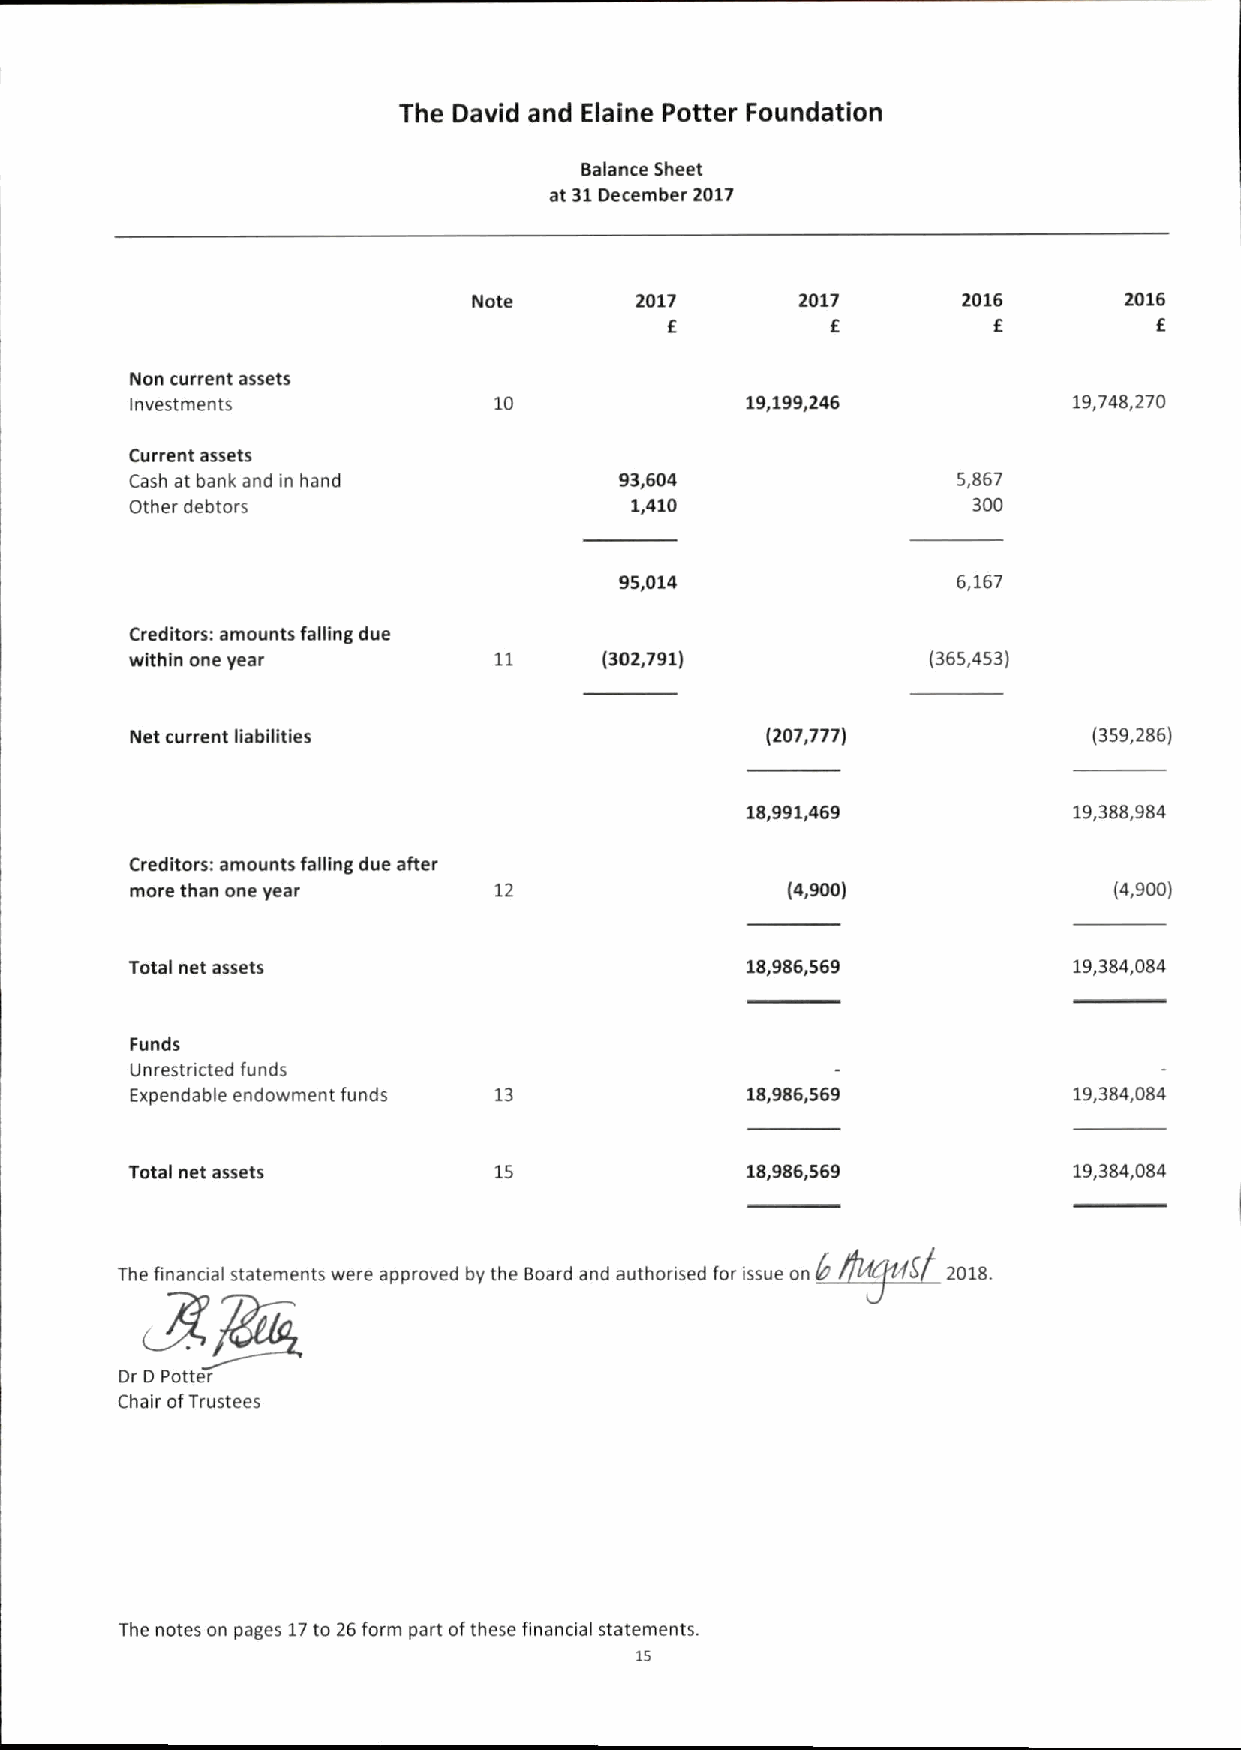
The David and Elaine Potter Foundation
 Balance Sheet
 at 31December 2017
 Note       2017       2017       2016      2016
 E          E          E          E
 Non current assets
 Investments             10              19,199,246            19,748,270
 Current assets
 Cash at bank and in hand        93,604                5,867
 Other debtors                    1,410                 300
 95,014                6,167
 Creditors: amounts falling due
 within one year         11     (302,791)             (365,453)
 Net current liabilities                   (207,777)            (359,286)
 18,991,469            19,388,984
 Creditors: amounts falling due after
 more than one year      12                 (4,900)               (4,900)
 Total net assets                        18,986,569            19,384,084
 Funds
 Unrestricted funds
 Expendable endowment funds 13           18,986,569            19,384,084
 Total net assets         15              18,986,569            19,384,084
 6
 The financial statements were approved by the Board and authorised for issue on S 2018.
 Dr D Potter
 Chair ofTrustees
 The notes on pages 17to 26form part ofthese financial statements.
 ls